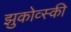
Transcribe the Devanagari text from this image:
झुकोव्स्की